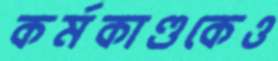
কর্মকাণ্ডকেও